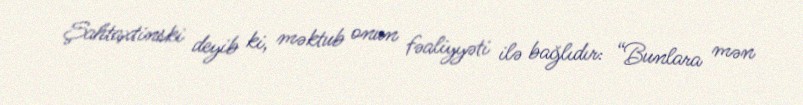
Şahtaxtinski deyib ki, məktub onun fəaliyyəti ilə bağlıdır: “Bunlara mən